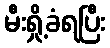
မီးရှို့ခံရပြီး